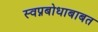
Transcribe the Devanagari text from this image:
स्वप्नबोधाबाबत